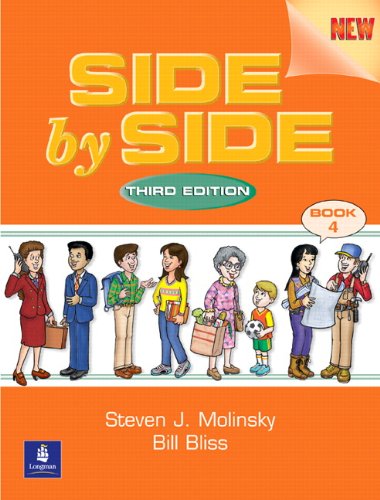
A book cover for Side by Side: Student Book 4, Third Edition; Steven J. Molinsky; Reference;